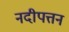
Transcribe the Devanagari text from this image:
नदीपत्तन